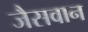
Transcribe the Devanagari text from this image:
जैसवान